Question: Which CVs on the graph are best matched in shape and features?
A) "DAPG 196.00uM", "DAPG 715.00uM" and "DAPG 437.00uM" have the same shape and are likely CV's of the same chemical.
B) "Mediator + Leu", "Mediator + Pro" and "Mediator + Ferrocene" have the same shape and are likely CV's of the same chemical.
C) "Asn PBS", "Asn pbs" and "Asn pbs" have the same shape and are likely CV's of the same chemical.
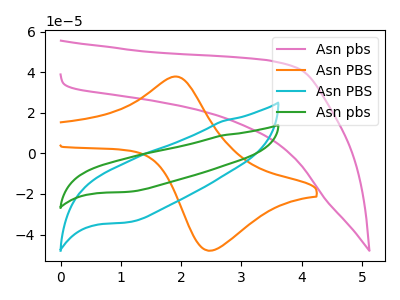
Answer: <think>The pink curve "Asn pbs" has no peaks. The orange curve "Asn PBS" has an anodic peak at (1.90V, 37.80uA) and a cathodic peak at (2.50V, -47.95uA). The cyan curve "Asn PBS" has no peaks. The green curve "Asn pbs" has no peaks.
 "Asn pbs" and "Asn PBS" have a different number of peaks. Neither "Asn pbs" or "Asn PBS" have any peaks. Neither "Asn pbs" or "Asn pbs" have any peaks. "Asn PBS" and "Asn PBS" have a different number of peaks. "Asn PBS" and "Asn pbs" have a different number of peaks. Neither "Asn PBS" or "Asn pbs" have any peaks.</think>
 <answer>C) "Asn PBS", "Asn pbs" and "Asn pbs" have the same shape and are likely CV's of the same chemical.</answer>
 <eval>C</eval>